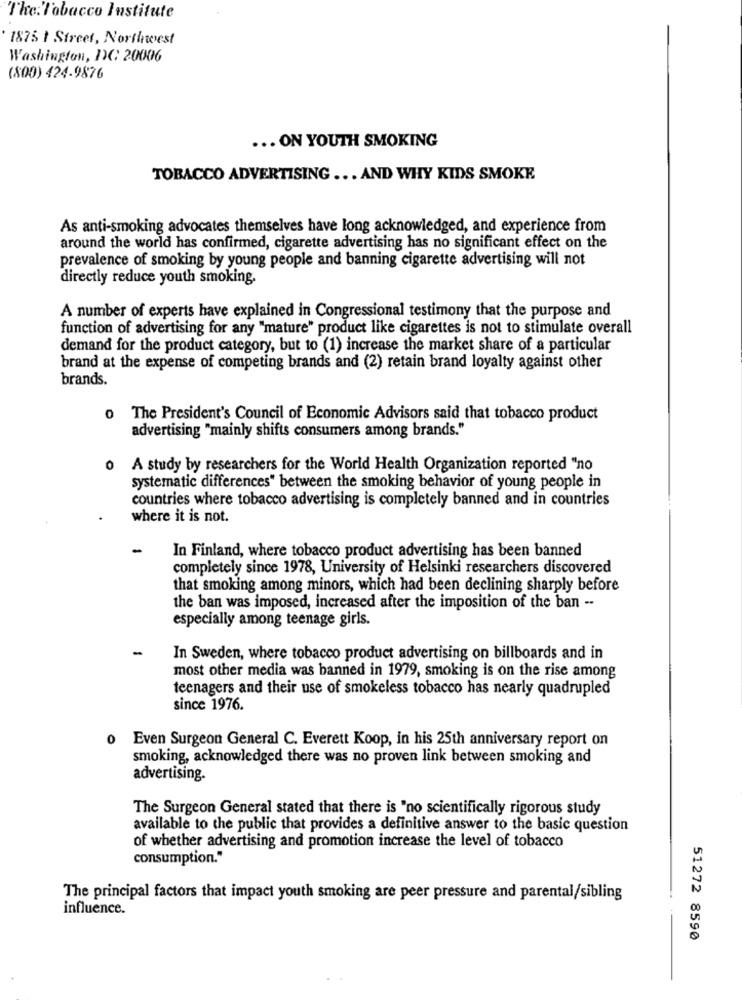
The.'Tobacco Institute
1875 I Street, Northwest
Washington, DC: 20006
(800) 424.9876
... ON YOUTH SMOKING
TOBACCO ADVERTISING ... AND WHY KIDS SMOKE
As anti-smoking advocates themselves have long acknowledged, and experience from
around the world has confirmed, cigarette advertising has no significant effect on the
prevalence of smoking by young people and banning cigarette advertising will not
directly reduce youth smoking.
A number of experts have explained in Congressional testimony that the purpose and
function of advertising for any "mature" product like cigarettes is not to stimulate overall
demand for the product category, but to (1) increase the market share of a particular
brand at the expense of competing brands and (2) retain brand loyalty against other
brands.
o The President's Council of Economic Advisors said that tobacco product
advertising "mainly shifts consumers among brands."
0 A study by researchers for the World Health Organization reported "no
systematic differences" between the smoking behavior of young people in
countries where tobacco advertising is completely banned and in countries
where it is not.
-
In Finland, where tobacco product advertising has been banned
completely since 1978, University of Helsinki researchers discovered
that smoking among minors, which had been declining sharply before
the ban was imposed, increased after the imposition of the ban --
especially among teenage girls.
In Sweden, where tobacco product advertising on billboards and in
most other media was banned in 1979, smoking is on the rise among
teenagers and their use of smokeless tobacco has nearly quadrupled
since 1976.
Even Surgeon General C. Everett Koop, in his 25th anniversary report on
smoking, acknowledged there was no proven link between smoking and
advertising.
The Surgeon General stated that there is "no scientifically rigorous study
available to the public that provides a definitive answer to the basic question
of whether advertising and promotion increase the level of tobacco
consumption."
The principal factors that impact youth smoking are peer pressure and parental/sibling
influence.
51272 8590